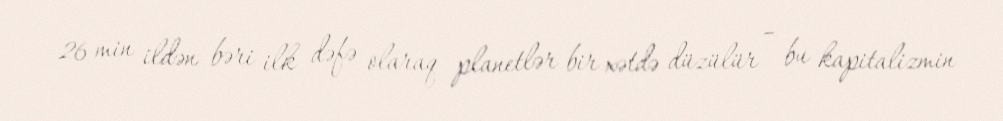
26 min ildən bəri ilk dəfə olaraq planetlər bir xətdə düzülür – bu kapitalizmin